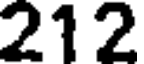
212